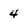
Character: 4